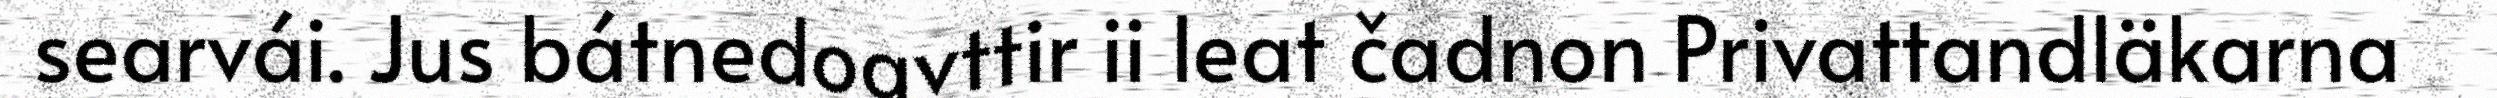
searvái. Jus bátnedoavttir ii leat čadnon Privattandläkarna